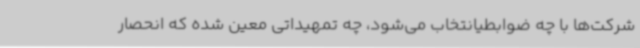
شرکت‌ها با چه ضوابطیانتخاب می‌شود، چه تمهیداتی معین شده که انحصار